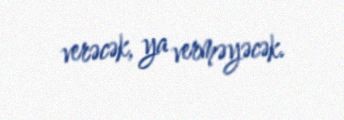
verəcək, ya verməyəcək.